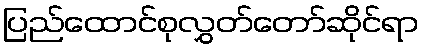
ပြည်ထောင်စုလွှတ်တော်ဆိုင်ရာ